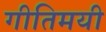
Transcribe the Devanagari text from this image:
गीतिमयी